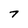
Character: 7